Annual report of the Punjab Veterinary College and of the Civil Veterinary Department, Punjab - 1926-1932
Year: 1926
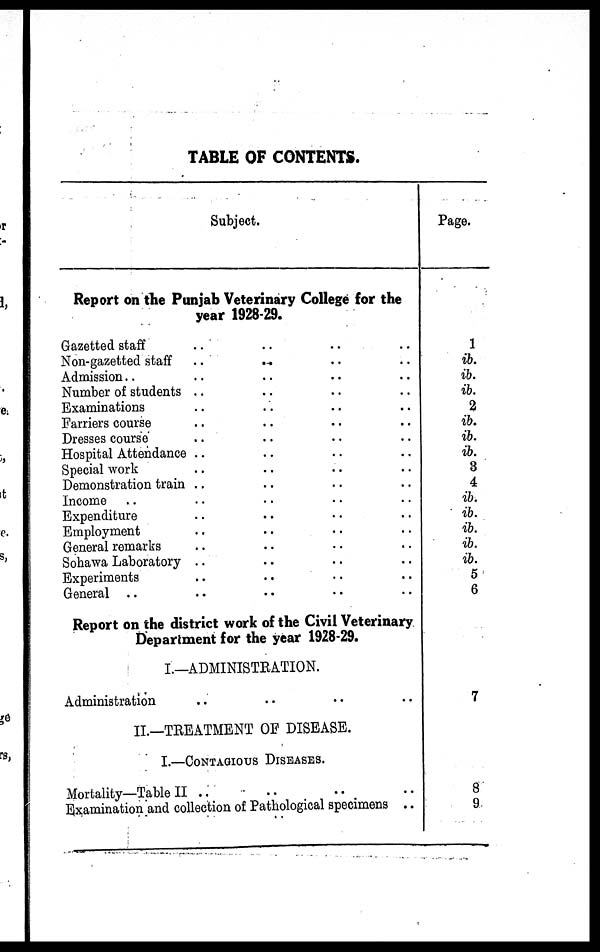
TABLE OF CONTENTS.
Subject.
Report on the Punjab Veterinary College for the
year 1928-29.
Gazetted staff .. .. .. ..
Non-gazetted staff .. .. .. ..
Admission .. .. .. ..
Number of students .. .. .. ..
Examinations .. .. .. ..
Farriers course .. .. .. ..
Dresses course .. .. .. ..
Hospital Attendance .. .. .. ..
Special work .. .. .. ..
Demonstration train .. .. .. ..
Income .. .. .. ..
Expenditure .. .. .. ..
Employment .. .. .. ..
General remarks .. .. .. ..
Sohawa Laboratory .. .. .. ..
Experiments .. .. .. ..
General .. .. .. .. ..
Report on the district work of the Civil Veterinary
Department for the year 1928-29.
I.—ADMINISTRATION.
Administration .. .. .. ..
II.—TREATMENT OF DISEASE.
I.—CONTAGIOUS DISEASE.
Mortality—Table II .. .. .. ..
Examination and collection of Pathological specimens ..
Page.
1
ib.
ib.
ib.
2
ib.
ib.
ib.
3
4
ib.
ib.
ib.
ib.
ib.
5
6
7
8
9